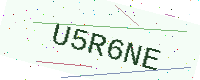
Text: U5R6NE